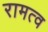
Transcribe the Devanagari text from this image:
रामत्व